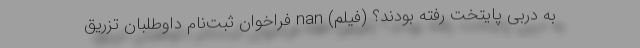
به دربی پایتخت رفته بودند؟ (فیلم) nan فراخوان ثبت‌نام داوطلبان تزریق